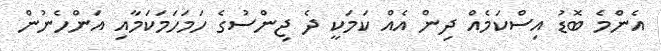
އެންމެ ބޮޑު އިސްކަމެއް ދިން އެއް ކަމަކީ ދެ ޖިންސުގެ ހަމަހަމަކަމާއި އަންހެނުން